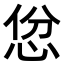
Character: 𪫱